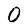
Character: O